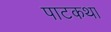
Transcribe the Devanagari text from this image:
पाटकथा